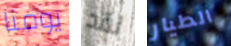
يومنا لقد الطيار